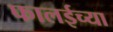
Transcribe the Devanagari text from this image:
फालईच्या